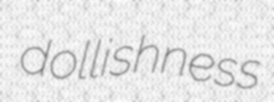
dollishness